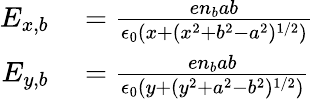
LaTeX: \begin{array}{rl}{E_{x,b}}&{{}=\frac{en_{b}ab}{\epsilon_{0}(x+(x^{2}+b^{2}-a^{2})^{1/2})}}\\ {E_{y,b}}&{{}=\frac{en_{b}ab}{\epsilon_{0}(y+(y^{2}+a^{2}-b^{2})^{1/2})}}\end{array}